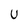
Character: U